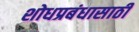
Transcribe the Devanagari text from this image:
शोधप्रबंधासाठी